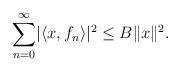
LaTeX: \begin{align*}\sum_{n=0}^{\infty}\lvert\langle x,f_n\rangle\rvert^2\leq B\lVert x\rVert^2.\end{align*}